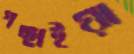
গছাইয়া